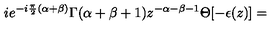
i e ^ { - i \frac { \pi } { 2 } ( \alpha + \beta ) } \Gamma ( \alpha + \beta + 1 ) z ^ { - \alpha - \beta - 1 } \Theta [ - \epsilon ( z ) ] =